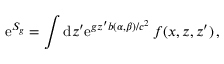
\mathrm { e } ^ { S _ { g } } = \int \mathrm { d } z ^ { \prime } \mathrm { e } ^ { g z ^ { \prime } b ( \alpha , \beta ) / c ^ { 2 } } \, f ( x , z , z ^ { \prime } ) \, ,